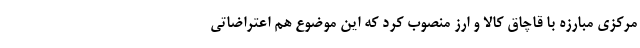
مرکزی مبارزه با قاچاق کالا و ارز منصوب کرد که این موضوع هم اعتراضاتی